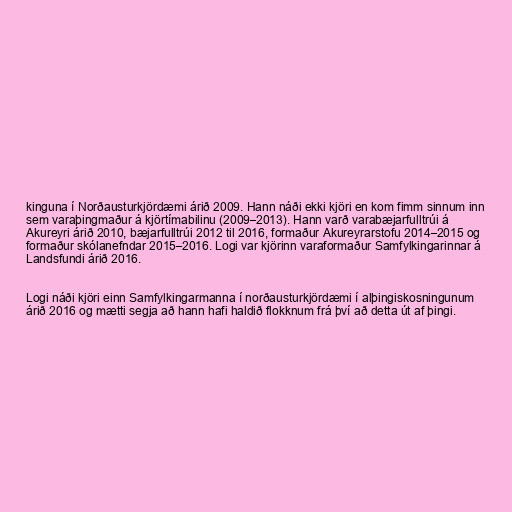
kinguna í Norðausturkjördæmi árið 2009. Hann náði ekki kjöri en kom fimm sinnum inn
sem varaþingmaður á kjörtímabilinu (2009–2013). Hann varð varabæjarfulltrúi á
Akureyri árið 2010, bæjarfulltrúi 2012 til 2016, formaður Akureyrarstofu 2014–2015 og
formaður skólanefndar 2015–2016. Logi var kjörinn varaformaður Samfylkingarinnar á
Landsfundi árið 2016.

Logi náði kjöri einn Samfylkingarmanna í norðausturkjördæmi í alþingiskosningunum
árið 2016 og mætti segja að hann hafi haldið flokknum frá því að detta út af þingi.